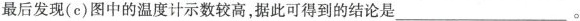
最后发现(c)图中的温度计示数较高，据此可得到的结论是___。